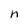
Character: n